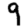
Digit: 9